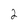
Character: 2